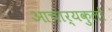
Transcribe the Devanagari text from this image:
आचार्यकुलों